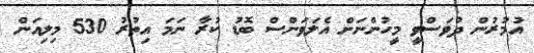
އުމުރުން ދުވަސްވީ މީހުންނަށް އެލަވަންސް ބޮޑު ކުރާ ނަމަ އިތުރު 530 މިލިއަން